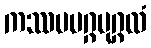
ကဿပမဂ္ဂပုဂ္ဂလံ